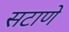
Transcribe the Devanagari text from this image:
सटाणे